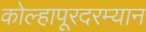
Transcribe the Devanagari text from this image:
कोल्हापूरदरम्यान